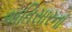
અતિસારના